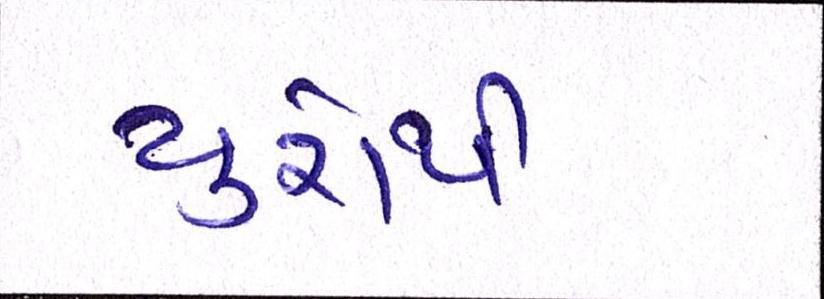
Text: યુરોથી